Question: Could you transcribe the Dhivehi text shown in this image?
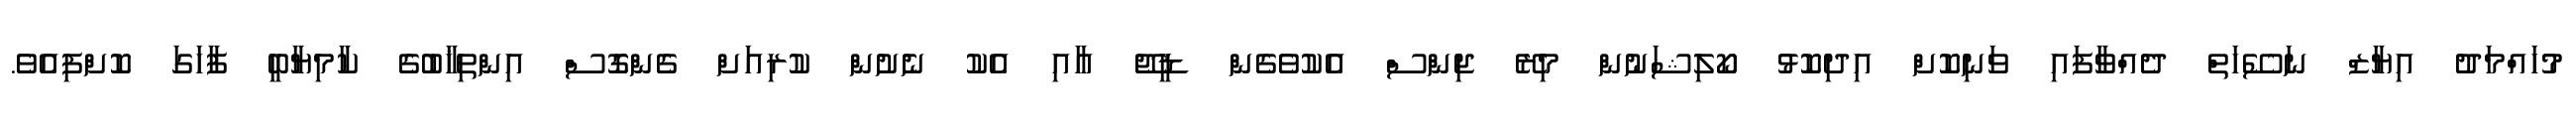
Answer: މުހައްމަދު އިޔާޒް ނަސޭހަތް ދެއްވާފައި ވަނިކޮށް އިދިކޮޅު ކޯލިޝަނުން މިރޭ ޖިންސް އެކުވެގެން ޑީޖޭ އާއި އެކު ނެށުން ކުރިއަށް ގެންގޮސް އިންތިޚާބުގެ ކާމިޔާބީ ފާހަގަ ކޮށްފިއެވެ.